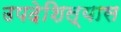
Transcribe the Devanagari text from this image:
उपदेशिल्यास